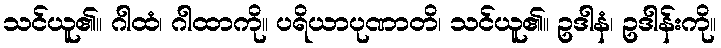
သင်ယူ၏။ ဂါထံ၊ ဂါထာကို။ ပရိယာပုဏာတိ၊ သင်ယူ၏။ ဥဒါနံ၊ ဥဒါန်းကို။